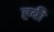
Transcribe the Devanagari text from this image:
हबी